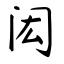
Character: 闳